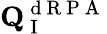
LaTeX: \mathbf{Q}_{\mathrm{~I~}}^{\mathrm{~d~R~P~A~}}